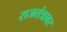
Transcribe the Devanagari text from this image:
राजतंत्रावर